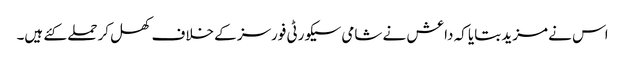
اس نے مزید بتایا کہ داعش نے شامی سیکورٹی فورسز کے خلاف کھل کر حملے کئے ہیں۔